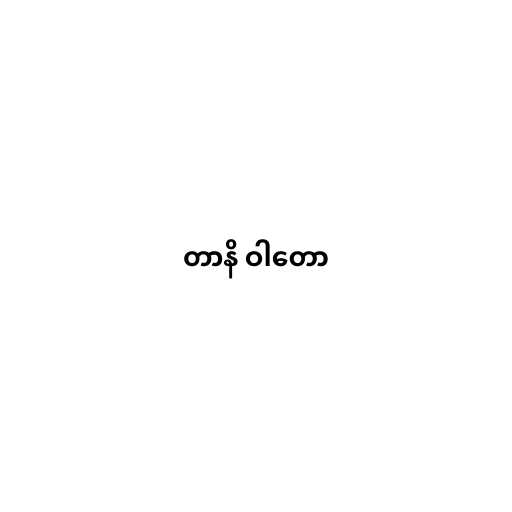
တာနိ ဝါတော